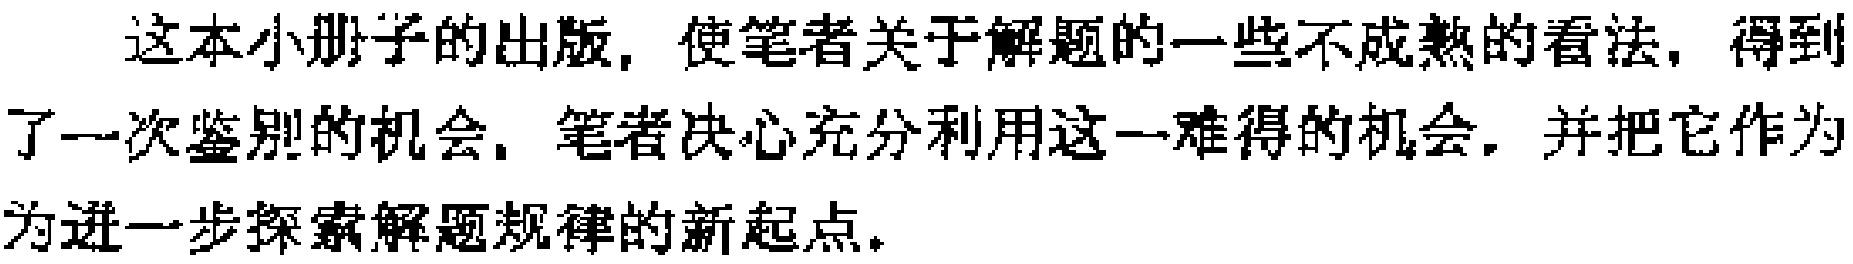
这本小册子的出版，使笔者关于解题的一些不成熟的看法，得到了一次鉴别的机会，笔者决心充分利用这一难得的机会，并把它作为为进一步探索解题规律的新起点。